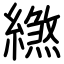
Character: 繺